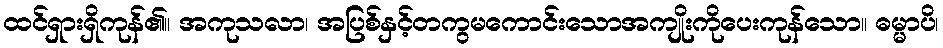
ထင်ရှားရှိကုန်၏။ အကုသလာ၊ အပြစ်နှင့်တကွမကောင်းသောအကျိုးကိုပေးကုန်သော။ ဓမ္မာပိ၊